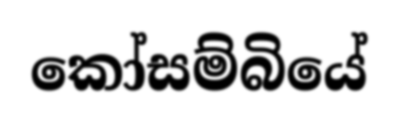
කෝසම්බියේ